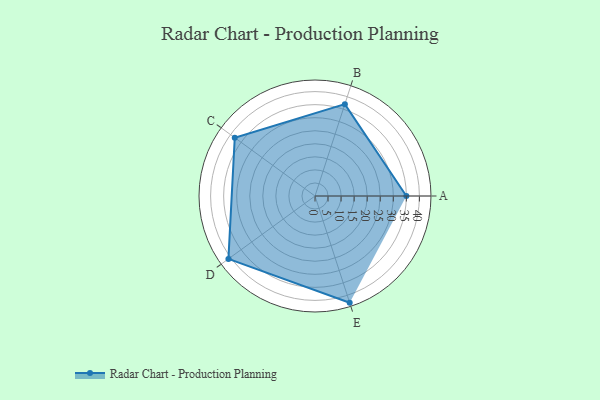
{"axis": {"x": "Skill", "y": "Score"}, "legend": ["Profile"], "data": [{"x": "A", "y": 35.0, "type": "Profile"}, {"x": "B", "y": 37.0, "type": "Profile"}, {"x": "C", "y": 38.0, "type": "Profile"}, {"x": "D", "y": 41.0, "type": "Profile"}, {"x": "E", "y": 43.0, "type": "Profile"}]}